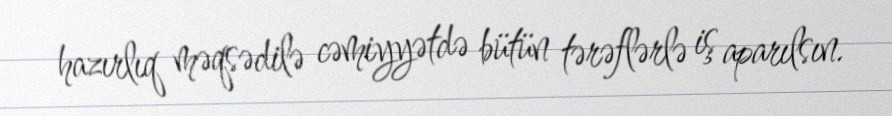
hazırlıq məqsədilə cəmiyyətdə bütün tərəflərlə iş aparılsın.